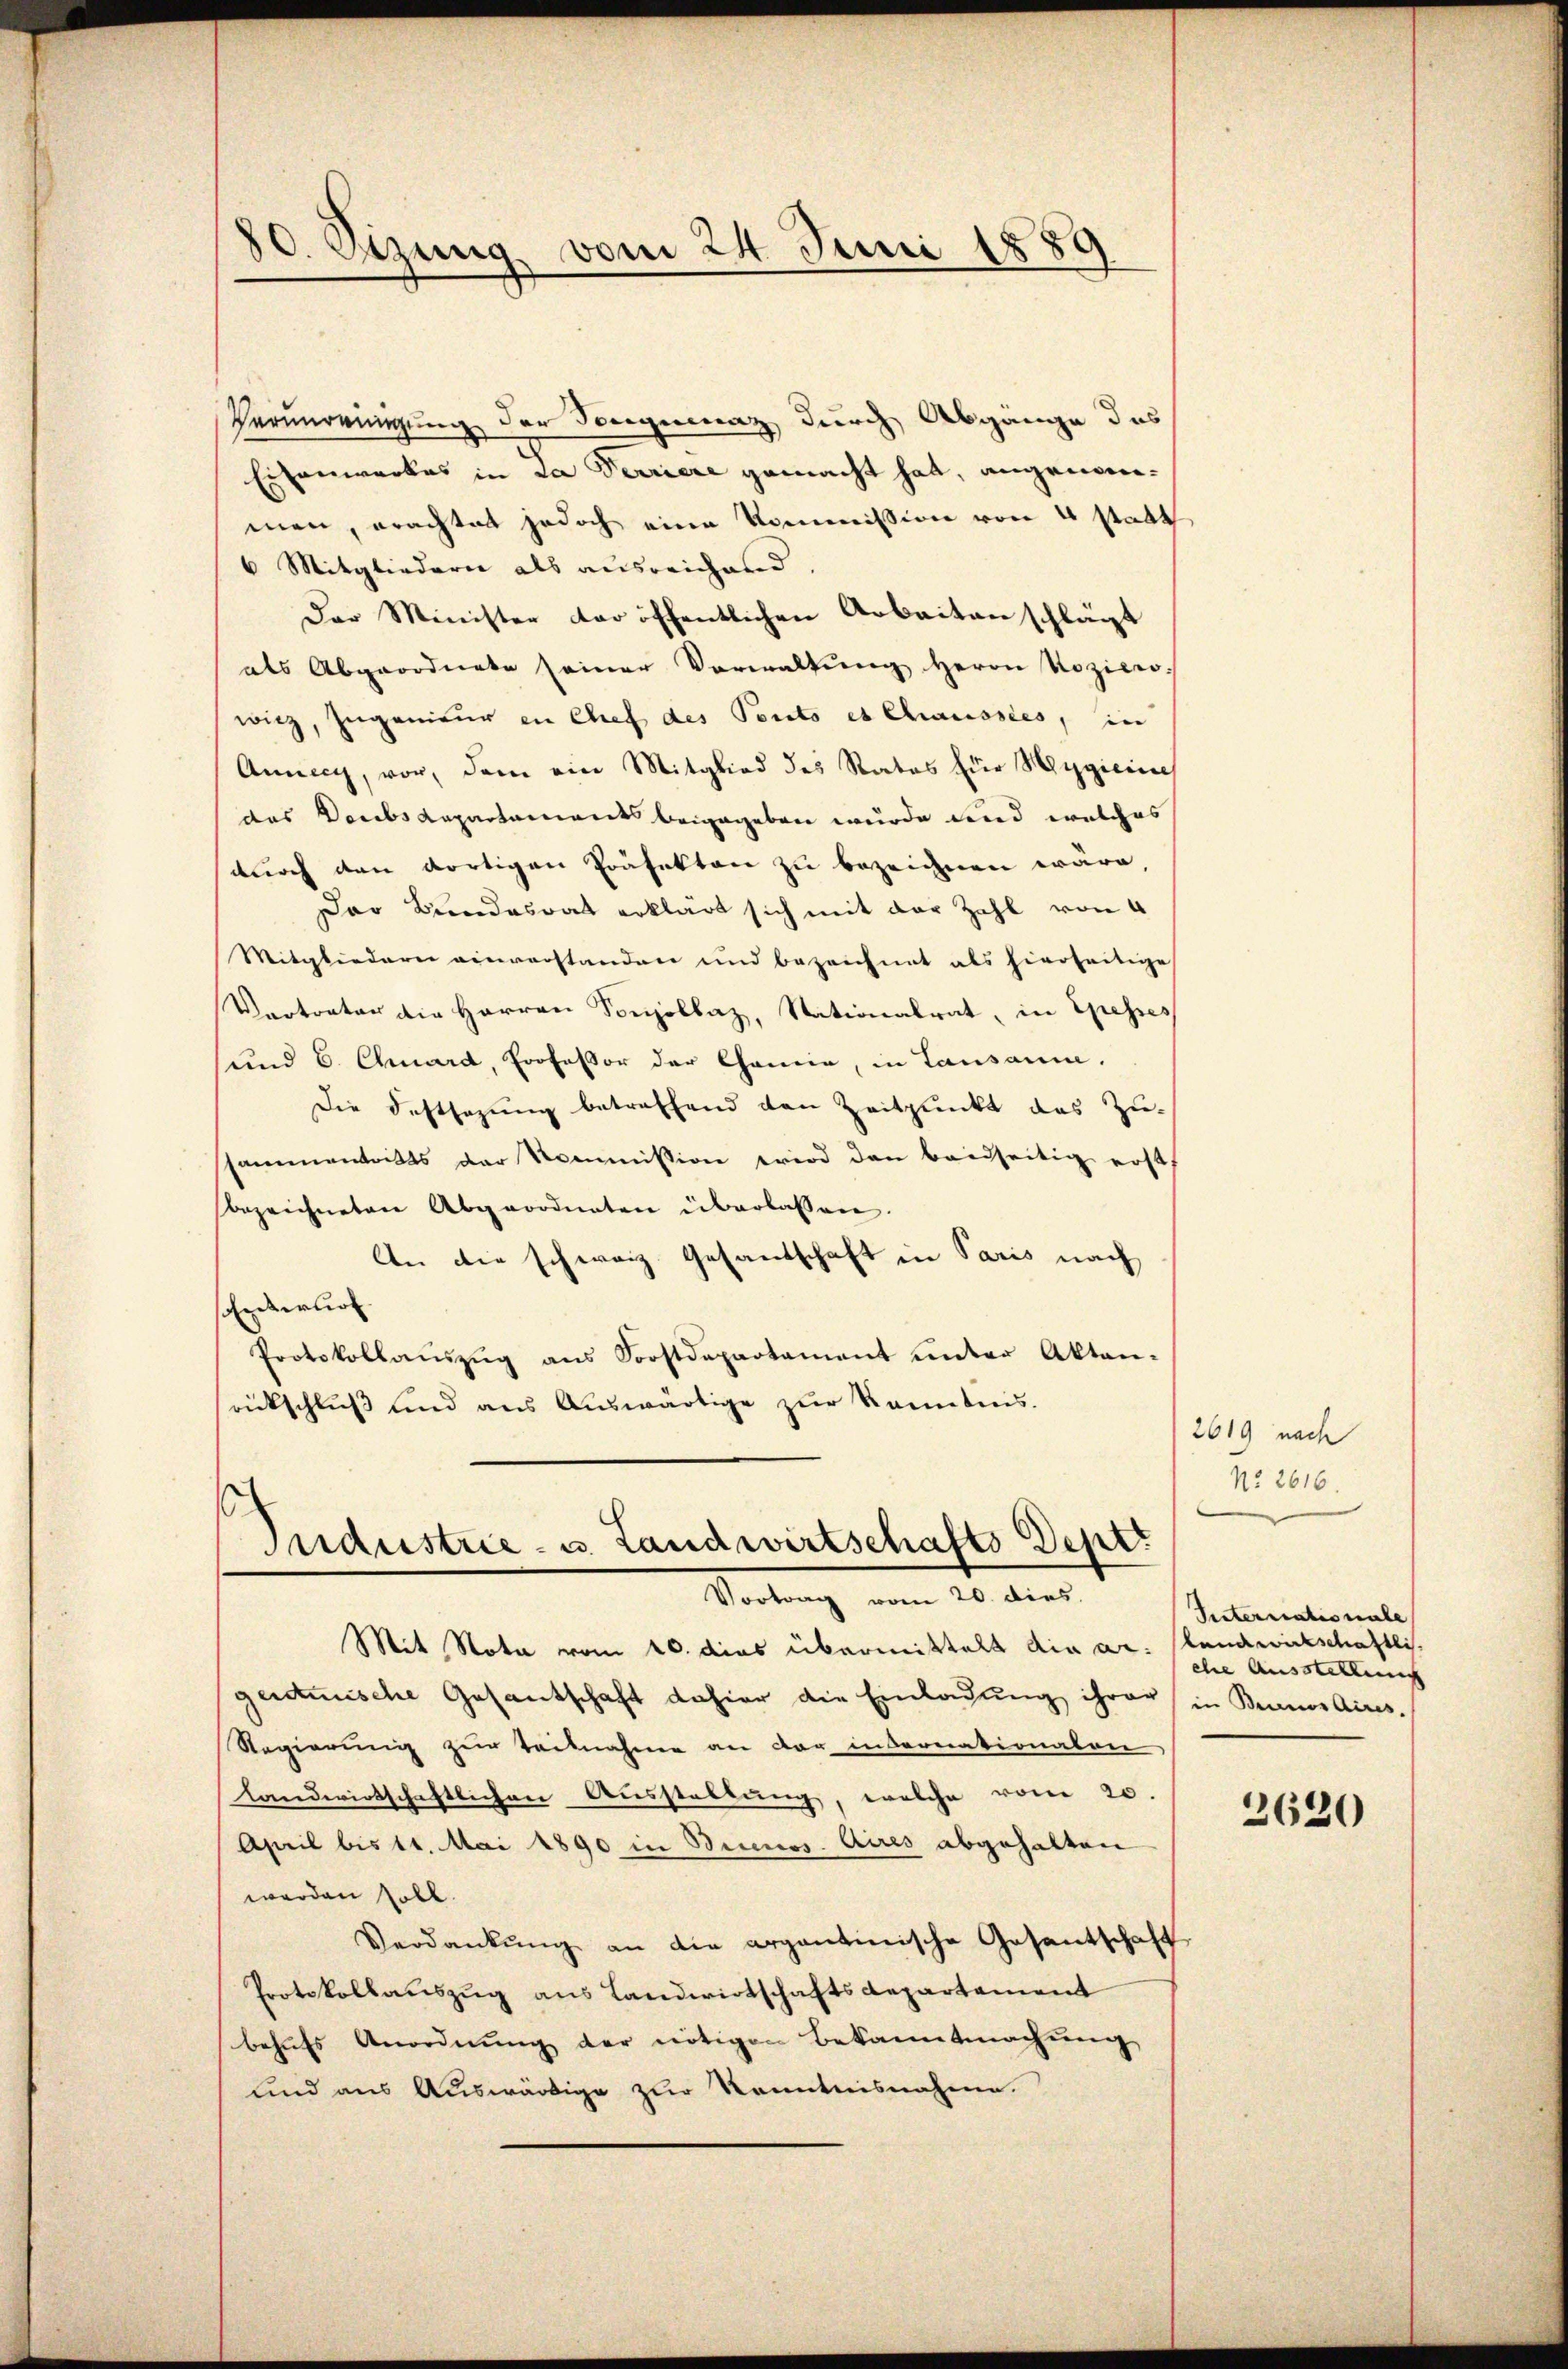
80. Sizung vom 24 Juni 1889

s
Industrie - u. Landwirtschafts Deptt
Vortrag vom 20. dies

Verunreinigung der Sorgennaz durch Abgänge das
Eisenwerkes in La Ferriere gemacht hat, angenommen, erachtet jedoch eine Kommission von 4 statt
6 Mitgliedern als ausreichend.
Der Minister der öffentlichen Arbeiten schlägt
als Abgeordnete seiner Verwaltŭng herrn Rozier
wicz, Ingenieur in Chef des Ponto et Chausses, in
Annecy, vor, dem ein Mitglied des Rates für Hygiciret
das Docebsdepartament beigegeben wurde wird welches
durch den dortigen Präfekten zu bezeichnen wäre,
Der Bundesrat erklärt sich mit der Zahl von 4
Mitgliedern einverstanden und bezeichnet als hierseitige
Vertreter die Herren Sonzollaz, Stationalrat, in Spesses
und 6. Chard, Professor der Chemie, in Lausanne.
Die Festsezung betreffend den Zeitpunkt das Zusammentritts der Kommission wird den beidseitig erst
bezeichneten Abgeordneten überlassen.
An die schweiz. Gesandschaft in Paris nach
Enterlief
Protokollaŭszŭg ans Forstdepartament ŭnter Akten-
rückschlŭβ und aus Aŭswärtige zŭr Kenntnis.

Mit Nota vom 20. dies übermittelt die ar. slandwirtschaftlich-
gerteische Gesantschaft dahier die Einladung ihrer in Beanos Aires.
Regierung zur Teilnahme an der internationalene
landwirtschaftlichen Ausstellung, welche vom 20.
April bis 11. Mai 1890 in Brinos Aires abgehalten
werden soll.
Verdankŭng an die argantinische Gesantschaft
Protokollauszug aus Landwirtschaftsdepartement
behŭfs Anordnŭng der nötigen Bekanntmachung
und aus Auswärtige zur Kenntnisnahme.

2619 nach
No. 2616.

Internationale
che Ausstellung

2620